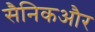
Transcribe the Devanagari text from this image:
सैनिकऔर